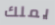
يملك